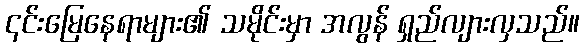
၎င်းမြေနေရာများ၏ သမိုင်းမှာ အလွန် ရှည်လျားလှသည်။